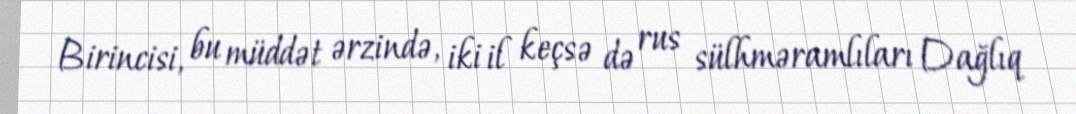
Birincisi, bu müddət ərzində, iki il keçsə də rus sülhməramlıları Dağlıq